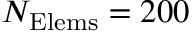
N _ { \mathrm { E l e m s } } = 2 0 0